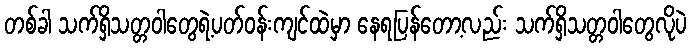
တစ်ခါ သက်ရှိသတ္တဝါတွေရဲ့ပတ်ဝန်းကျင်ထဲမှာ နေရပြန်တော့လည်း သက်ရှိသတ္တဝါတွေလိုပဲ